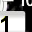
Digit: 1